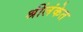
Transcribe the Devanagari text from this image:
श्रींलंकेत